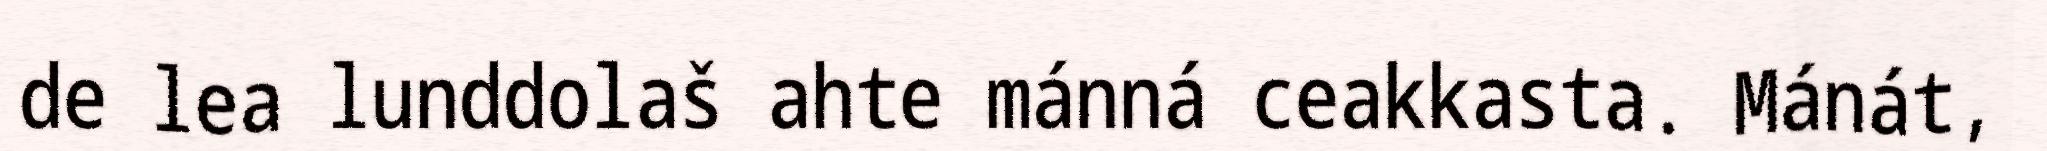
de lea lunddolaš ahte mánná ceakkasta. Mánát,